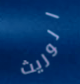
الوريث